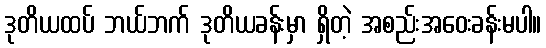
ဒုတိယထပ် ဘယ်ဘက် ဒုတိယခန်းမှာ ရှိတဲ့ အစည်းအဝေးခန်းမပါ။